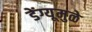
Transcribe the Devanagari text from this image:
डेंग्यूमुळे